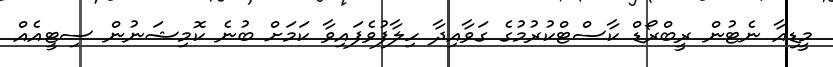
މީޑިއާ ނެޓުން ރީބްރޯޑް ކާސްޓްކުރުމުގެ ގަވާއިދާ ހިލާފުވެފައިވާ ކަމަށް ބުނެ ކޮމިޝަނުން ސިޓީއެއް